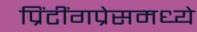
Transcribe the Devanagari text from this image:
प्रिंटींगप्रेसमध्ये